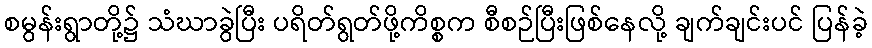
စမွန်းရွာတို့၌ သံဃာခွဲပြီး ပရိတ်ရွတ်ဖို့ကိစ္စက စီစဉ်ပြီးဖြစ်နေလို့ ချက်ချင်းပင် ပြန်ခဲ့